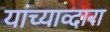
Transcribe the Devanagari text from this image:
यांच्याव्दारा